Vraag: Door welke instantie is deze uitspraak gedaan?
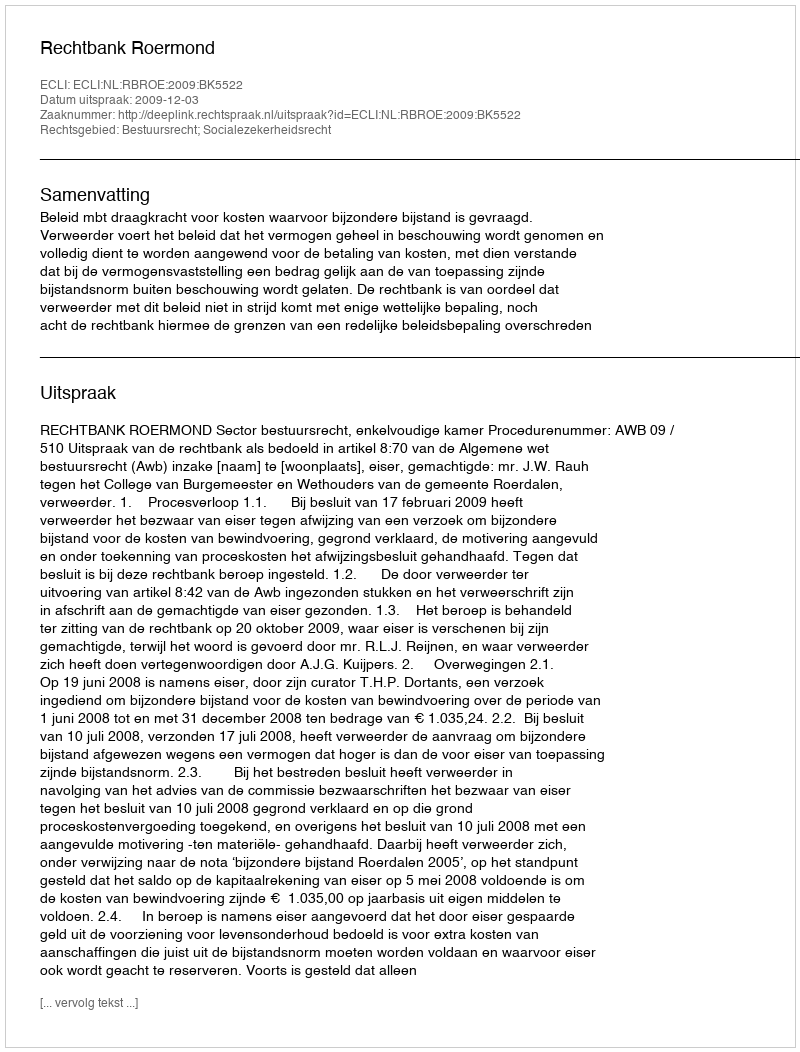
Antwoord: Rechtbank Roermond